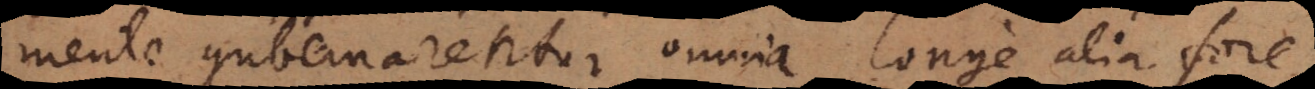
mente gubernarentur omnia, longe alia fore